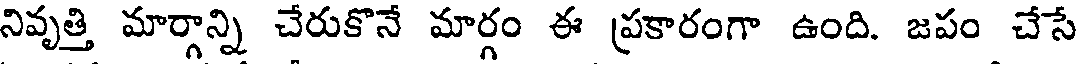
నివృత్తి మార్గాన్ని చేరుకొనే మార్గం ఈ ప్రకారంగా ఉంది. జపం చేసే